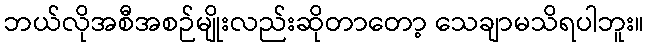
ဘယ်လိုအစီအစဉ်မျိုးလည်းဆိုတာတော့ သေချာမသိရပါဘူး။